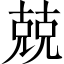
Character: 兢